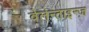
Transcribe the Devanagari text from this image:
वेलेन्ताइन्ज़